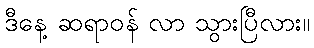
ဒီနေ့ ဆရာဝန် လာ သွားပြီလား။